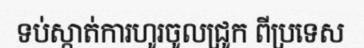
ទប់ស្កាត់ការហូរចូលជ្រូក ពីប្រទេស